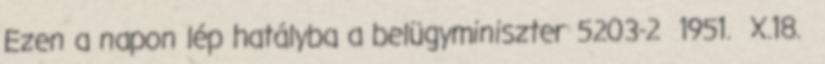
Ezen a napon lép hatályba a belügyminiszter 5203-2 1951. X.18.